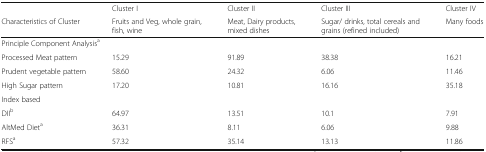
|  | Cluster I | Cluster II | Cluster III | Cluster IV |
 | Characteristics of Cluster | Fruits and Veg, whole grain, fish, wine | Meat, Dairy products, mixed dishes | Sugar/ drinks, total cereals and grains (refined included) | Many foods |
 | --- | --- | --- | --- | --- |
 | <COLSPAN=5> Principle Component Analysisa |
 | Processed Meat pattern | 15.29 | 91.89 | 38.38 | 16.21 |
 | Prudent vegetable pattern | 58.60 | 24.32 | 6.06 | 11.46 |
 | High Sugar pattern | 17.20 | 10.81 | 16.16 | 35.18 |
 | <COLSPAN=5> Index based |
 | DIIb | 64.97 | 13.51 | 10.1 | 7.91 |
 | AltMed Dieta | 36.31 | 8.11 | 6.06 | 9.88 |
 | RFSa | 57.32 | 35.14 | 13.13 | 11.86 |